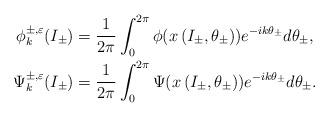
LaTeX: \begin{align*}\phi_{k}^{\pm,\varepsilon}(I_{\pm}) & =\frac{1}{2\pi}\int_{0}^{2\pi}\phi(x\left( I_{\pm},\theta_{\pm}\right) )e^{-ik\theta_{\pm}}d\theta_{\pm},\\\Psi_{k}^{\pm,\varepsilon}(I_{\pm}) & =\frac{1}{2\pi}\int_{0}^{2\pi}\Psi(x\left( I_{\pm},\theta_{\pm}\right) )e^{-ik\theta_{\pm}}d\theta_{\pm}.\end{align*}